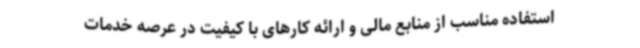
استفاده مناسب از منابع مالی و ارائه کارهای با کیفیت در عرصه خدمات